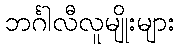
ဘင်္ဂါလီလူမျိုးများ